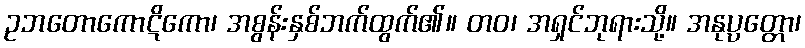
ဥဘတောကောဋိကော၊ အစွန်းနှစ်ဘက်ထွက်၏။ တဝ၊ အရှင်ဘုရားသို့။ အနုပ္ပတ္တော၊